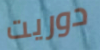
دوريت